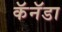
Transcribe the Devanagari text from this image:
कॅनॅडा